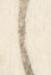
々